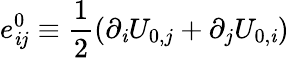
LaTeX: e_{\mathit{i}j}^{0}\equiv\frac{{1}}{{2}}(\partial_{\mathit{i}}U_{0,j}+\partial_{j}U_{0,\mathit{i}})